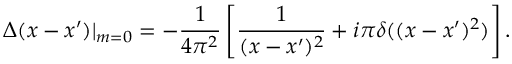
\Delta ( x - x ^ { \prime } ) | _ { m = 0 } = - \frac { 1 } { 4 \pi ^ { 2 } } \left[ \frac { 1 } { ( x - x ^ { \prime } ) ^ { 2 } } + i \pi \delta ( ( x - x ^ { \prime } ) ^ { 2 } ) \right] .